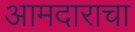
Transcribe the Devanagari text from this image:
आमदाराचा